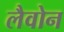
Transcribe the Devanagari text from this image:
लैवोन